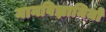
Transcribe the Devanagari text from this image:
मानविज्ञानियों